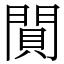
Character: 閴